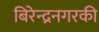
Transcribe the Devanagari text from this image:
बिरेन्द्रनगरकी